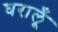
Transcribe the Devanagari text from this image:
घरालूँ